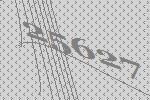
25627